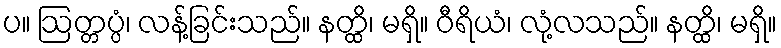
ပ။ ဩတ္တပ္ပံ၊ လန့်ခြင်းသည်။ နတ္ထိ၊ မရှိ။ ဝီရိယံ၊ လုံ့လသည်။ နတ္ထိ၊ မရှိ။